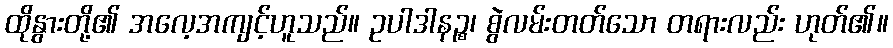
ထိုနွားတို့၏ အလေ့အကျင့်ဟူသည်။ ဥပါဒါနဉ္စ၊ စွဲလမ်းတတ်သော တရားလည်း ဟုတ်၏။